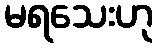
မရသေးဟု